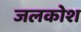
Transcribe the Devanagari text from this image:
जलकोश